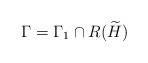
LaTeX: \begin{align*} \Gamma = \Gamma_1 \cap R(\widetilde{H}) \end{align*}